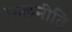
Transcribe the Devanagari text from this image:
कलनीति